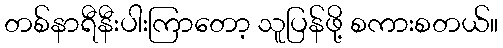
တစ်နာရီနီးပါးကြာတော့ သူပြန်ဖို့ စကားစတယ်။